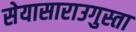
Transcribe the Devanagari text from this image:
सेयासाराउगुस्ता